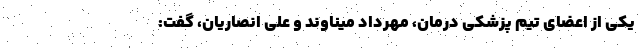
یکی از اعضای تیم پزشکی درمان، مهرداد میناوند و علی انصاریان، گفت: